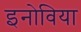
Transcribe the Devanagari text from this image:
इनोविया